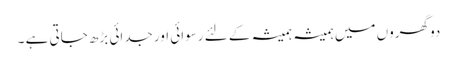
دو گھروں میں ہمیشہ ہمیشہ کے لئے رسوائی اور جدائی بڑھ جاتی ہے ۔